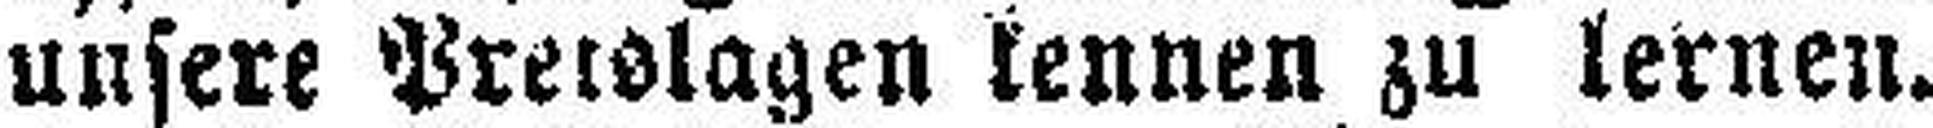
unsere Preislagen kennen zu lernen.